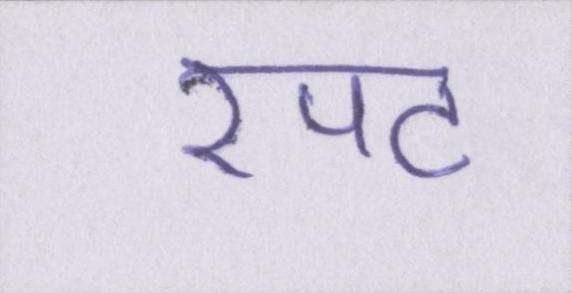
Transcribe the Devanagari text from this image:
रपट